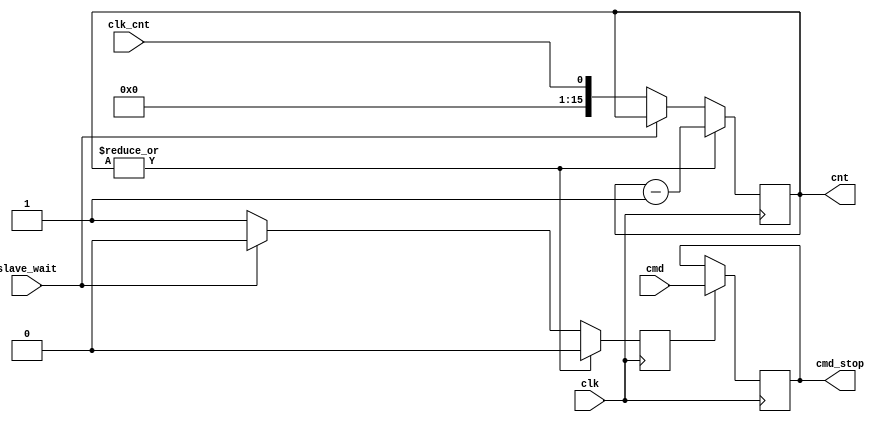
module i2c_test02(clk, slave_wait, clk_cnt, cmd, cmd_stop, cnt);
	input clk, slave_wait, clk_cnt;
	input cmd;
	output reg cmd_stop;
	reg clk_en;
	output reg [15:0] cnt;
	always @(posedge clk)
	  if (~|cnt)
	    if (~slave_wait)
	      begin
	          cnt    <= #1 clk_cnt;
	          clk_en <= #1 1'b1;
	      end
	    else
	      begin
	          cnt    <= #1 cnt;
	          clk_en <= #1 1'b0;
	      end
	  else
	    begin
                cnt    <= #1 cnt - 16'h1;
	        clk_en <= #1 1'b0;
	    end
	always @(posedge clk)
	  if (clk_en)
	    cmd_stop <= #1 cmd;
endmodule